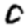
Digit: 0